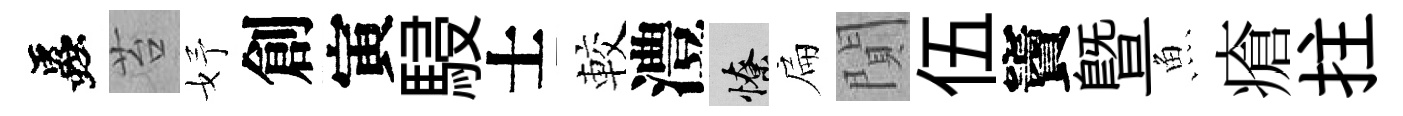
蟲苔妤創寅駸士較澧憭扁閴伍竇暨魚瘡拄